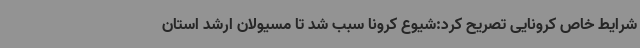
شرایط خاص کرونایی تصریح کرد:شیوع کرونا سبب شد تا مسیولان ارشد استان